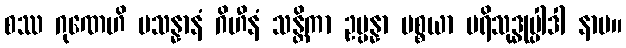
စဿ ဂုဏေဟိ ပသန္နာနံ ဂိဟီနံ သန္တိကာ ဥပ္ပန္နာ ပစ္စယာ ပရိသုဒ္ဓုပ္ပါဒါ နာမ။